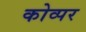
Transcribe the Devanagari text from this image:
कोव्पर